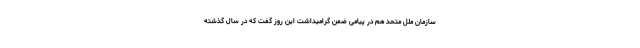
سازمان ملل متحد هم در پیامی ضمن گرامیداشت این روز گفت که در سال گذشته